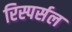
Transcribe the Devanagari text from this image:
रिस्पर्सल